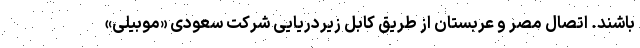
باشند. اتصال مصر و عربستان از طریق کابل زیردریایی شرکت سعودی «موبیلی»